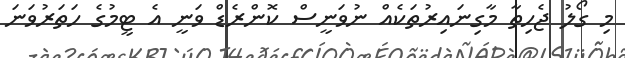
މި ގޯލު ޖެހިތާ މާގިނައިރުތަކެއް ނުވަނީސް ކޮންރެޑް ވަނީ އެ ޓީމުގެ ހަތަރުވަނަ